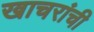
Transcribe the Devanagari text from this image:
खाचरांची